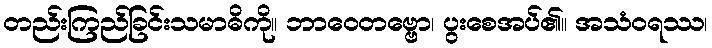
တည်းကြည်ခြင်းသမာဓိကို။ ဘာဝေတဗ္ဗော၊ ပွးစေအပ်၏။ အသံဝရဿ၊